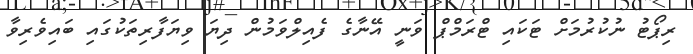
ރިޕޯޓު ނުކުރުމަށް ޓަކައި ޓްރަމްޕް ވަނީ އޭނާގެ ފެއިލްވަމުން ދިޔަ ވިޔަފާރިތަކުގައި ބައިވެރިވާ